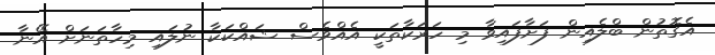
އެގޮތުން ބްލެއިން ފަށާފައިވާ މި ހަރަކާތަކީ އެއްވެސް ޝައްކަކާ ނުލައި މިހާތަނަށް އޭނާ